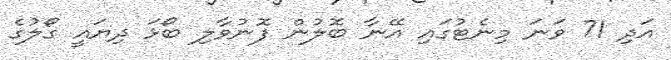
އަދި 71 ވަނަ މިނެޓުގައި އޭނާ ބޮލުން ފޮނުވާލި ބޯޅަ ދިޔައީ ގޯލުގެ